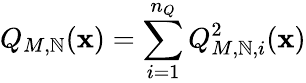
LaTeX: Q_{M,\mathbb{N}}(\mathbf{{x}})=\sum_{i=1}^{{n_{Q}}}Q_{M,\mathbb{N},i}^{2}(\mathbf{{x}})